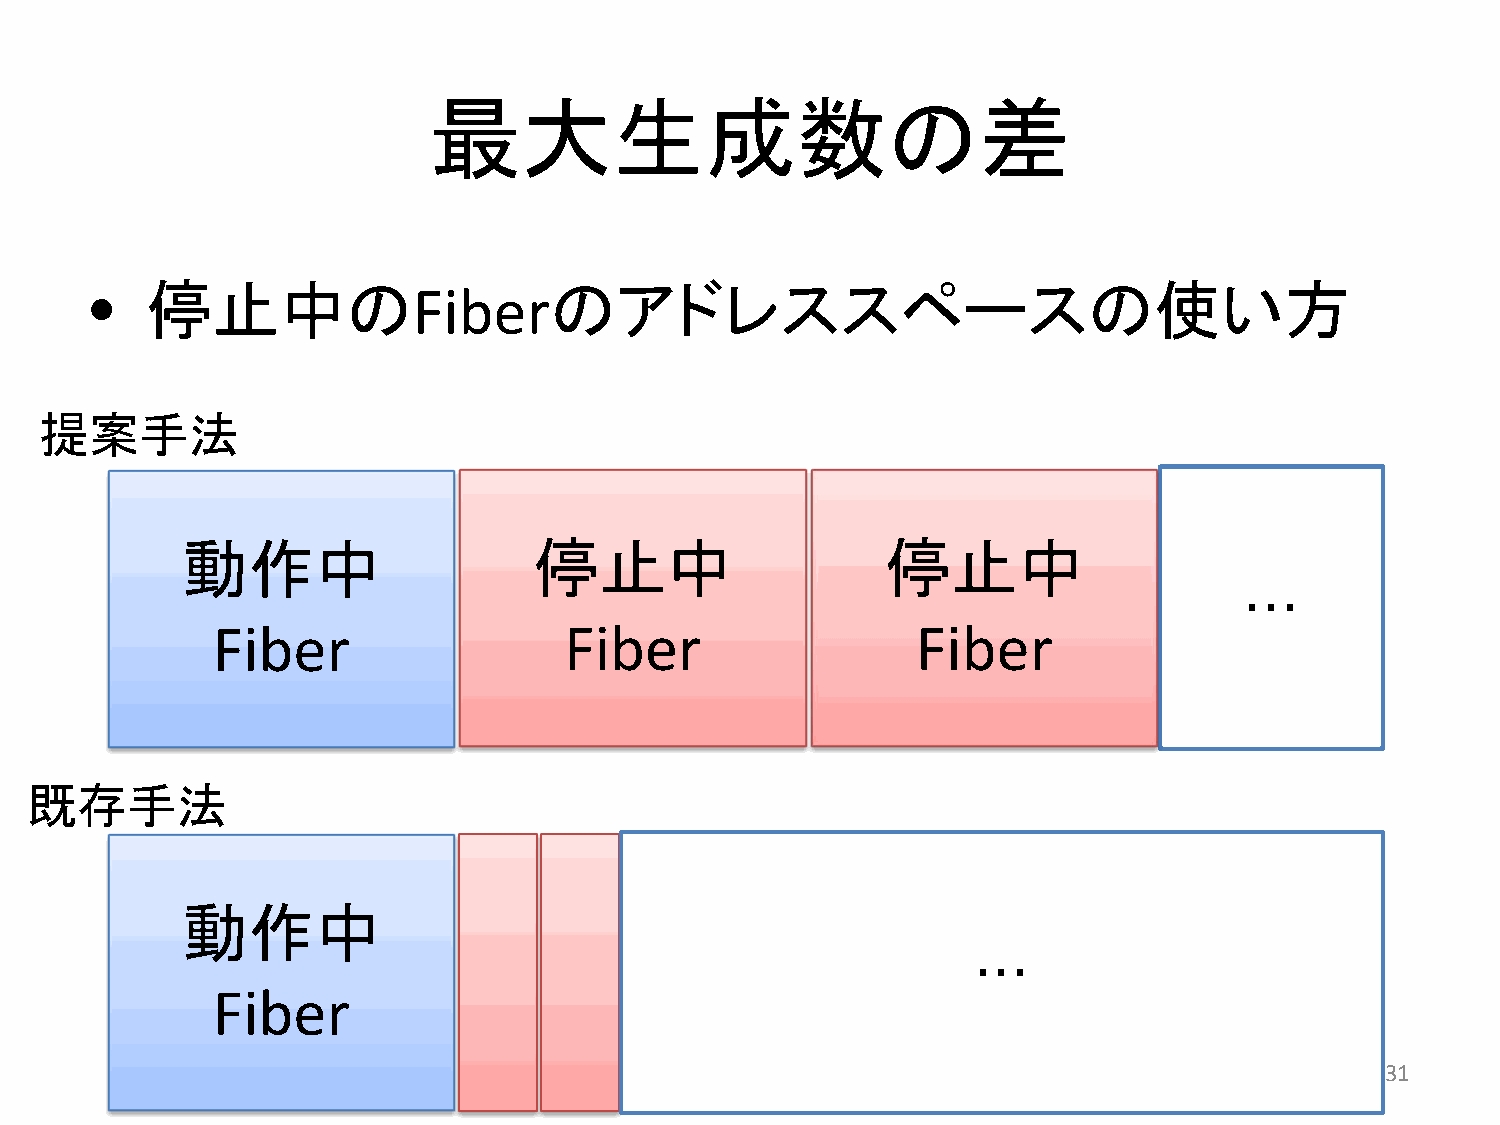
最大生成数の差
 •   停止中の              Fiberのアドレススペースの使い方
 提案手法
 動作中                     停止中                    停止中
 ・・・
 Fiber                   Fiber                  Fiber
 既存手法
 動作中
 ・・・
 Fiber
 31